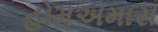
હોમઅમારા